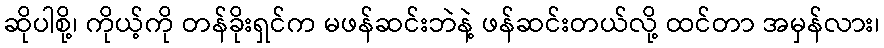
ဆိုပါစို့၊ ကိုယ့်ကို တန်ခိုးရှင်က မဖန်ဆင်းဘဲနဲ့ ဖန်ဆင်းတယ်လို့ ထင်တာ အမှန်လား၊